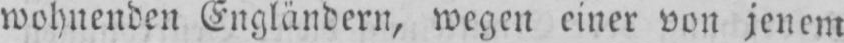
wohnenden Engländern, wegen einer von jenem